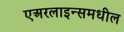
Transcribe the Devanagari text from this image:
एअरलाइन्समधील